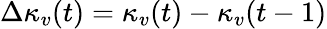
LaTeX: \Delta\kappa_{v}(t)=\kappa_{v}(t)-\kappa_{v}(t-1)